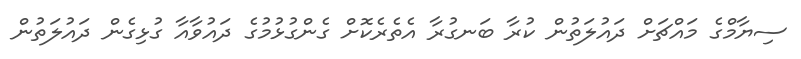
ސިޔާމްގެ މައްޗަށް ދައުލަތުން ކުރާ ބަނގުރާ އެތެރެކޮށް ގެންގުޅުމުގެ ދައުވާއާ ގުޅިގެން ދައުލަތުން